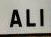
ali